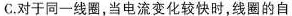
C.对于同一线圈，当电流变化较快时，线圈的自